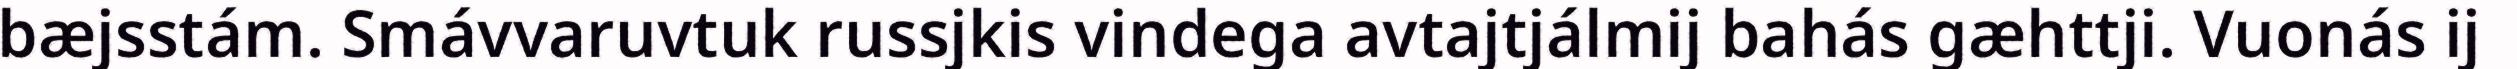
bæjsstám. Smávvaruvtuk russjkis vindega avtajtjálmij bahás gæhttji. Vuonás ij